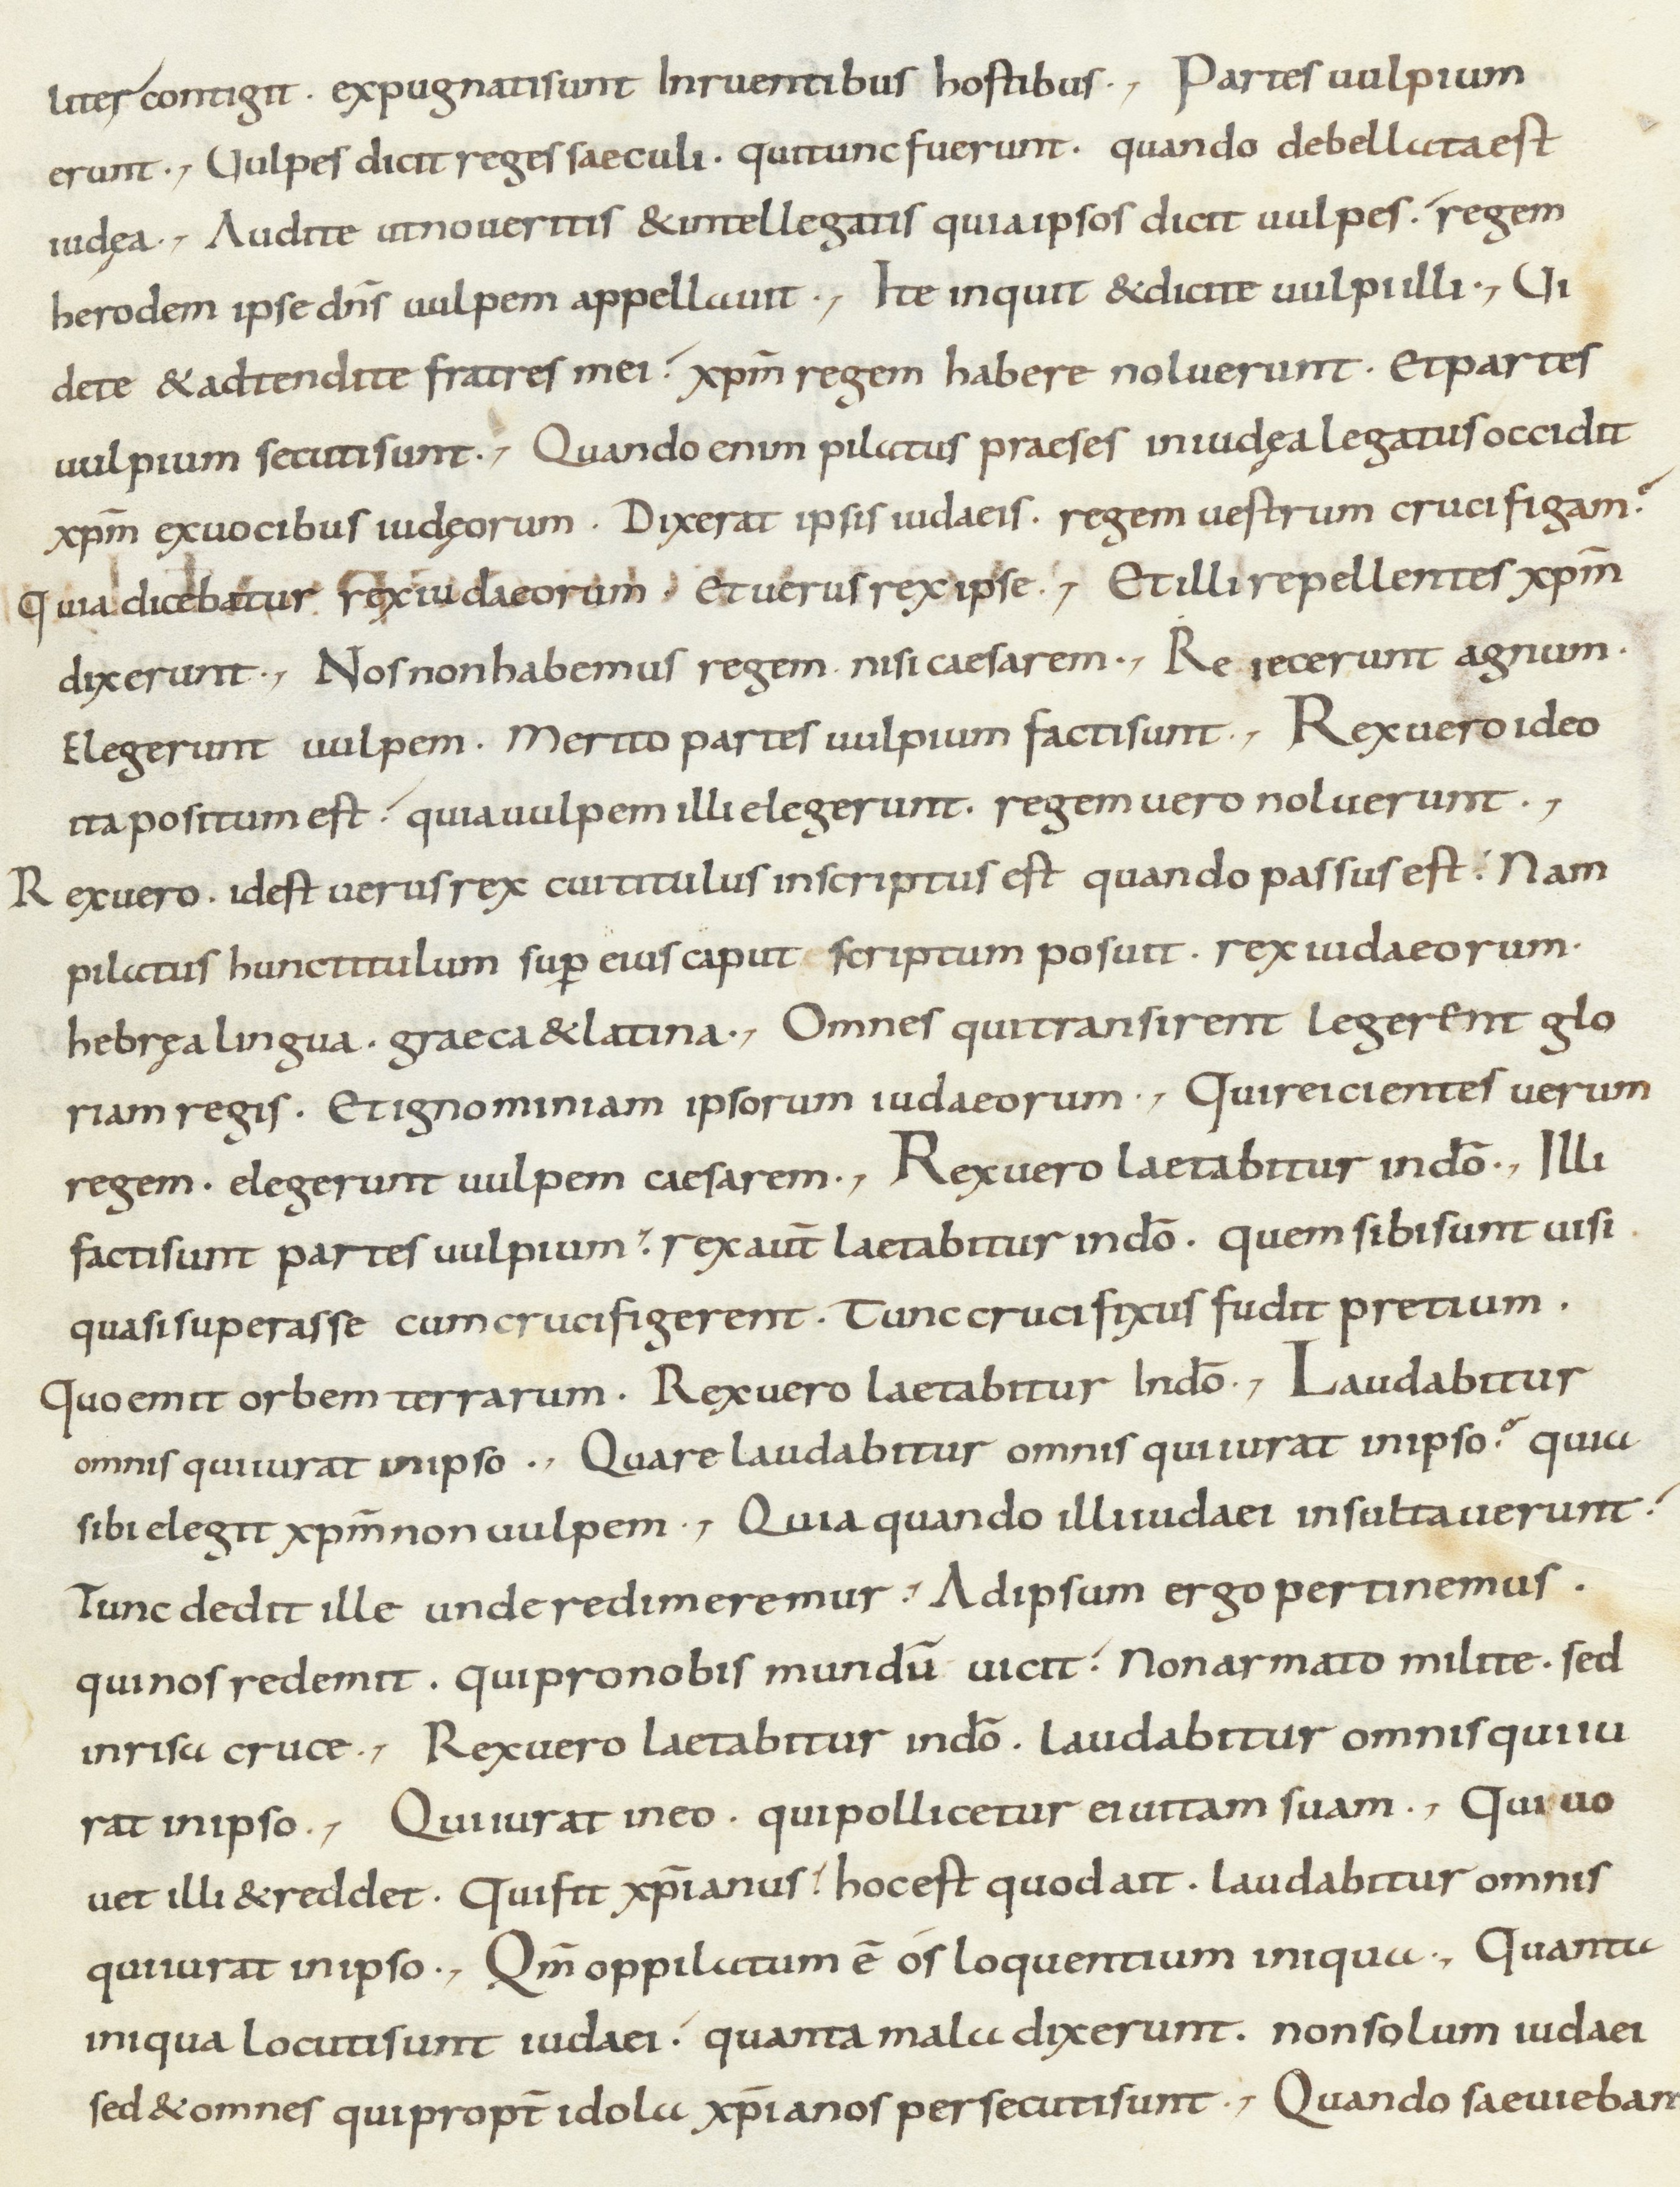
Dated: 800–899